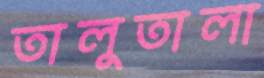
তালুতালা